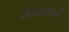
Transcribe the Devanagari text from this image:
सज्जनांनी